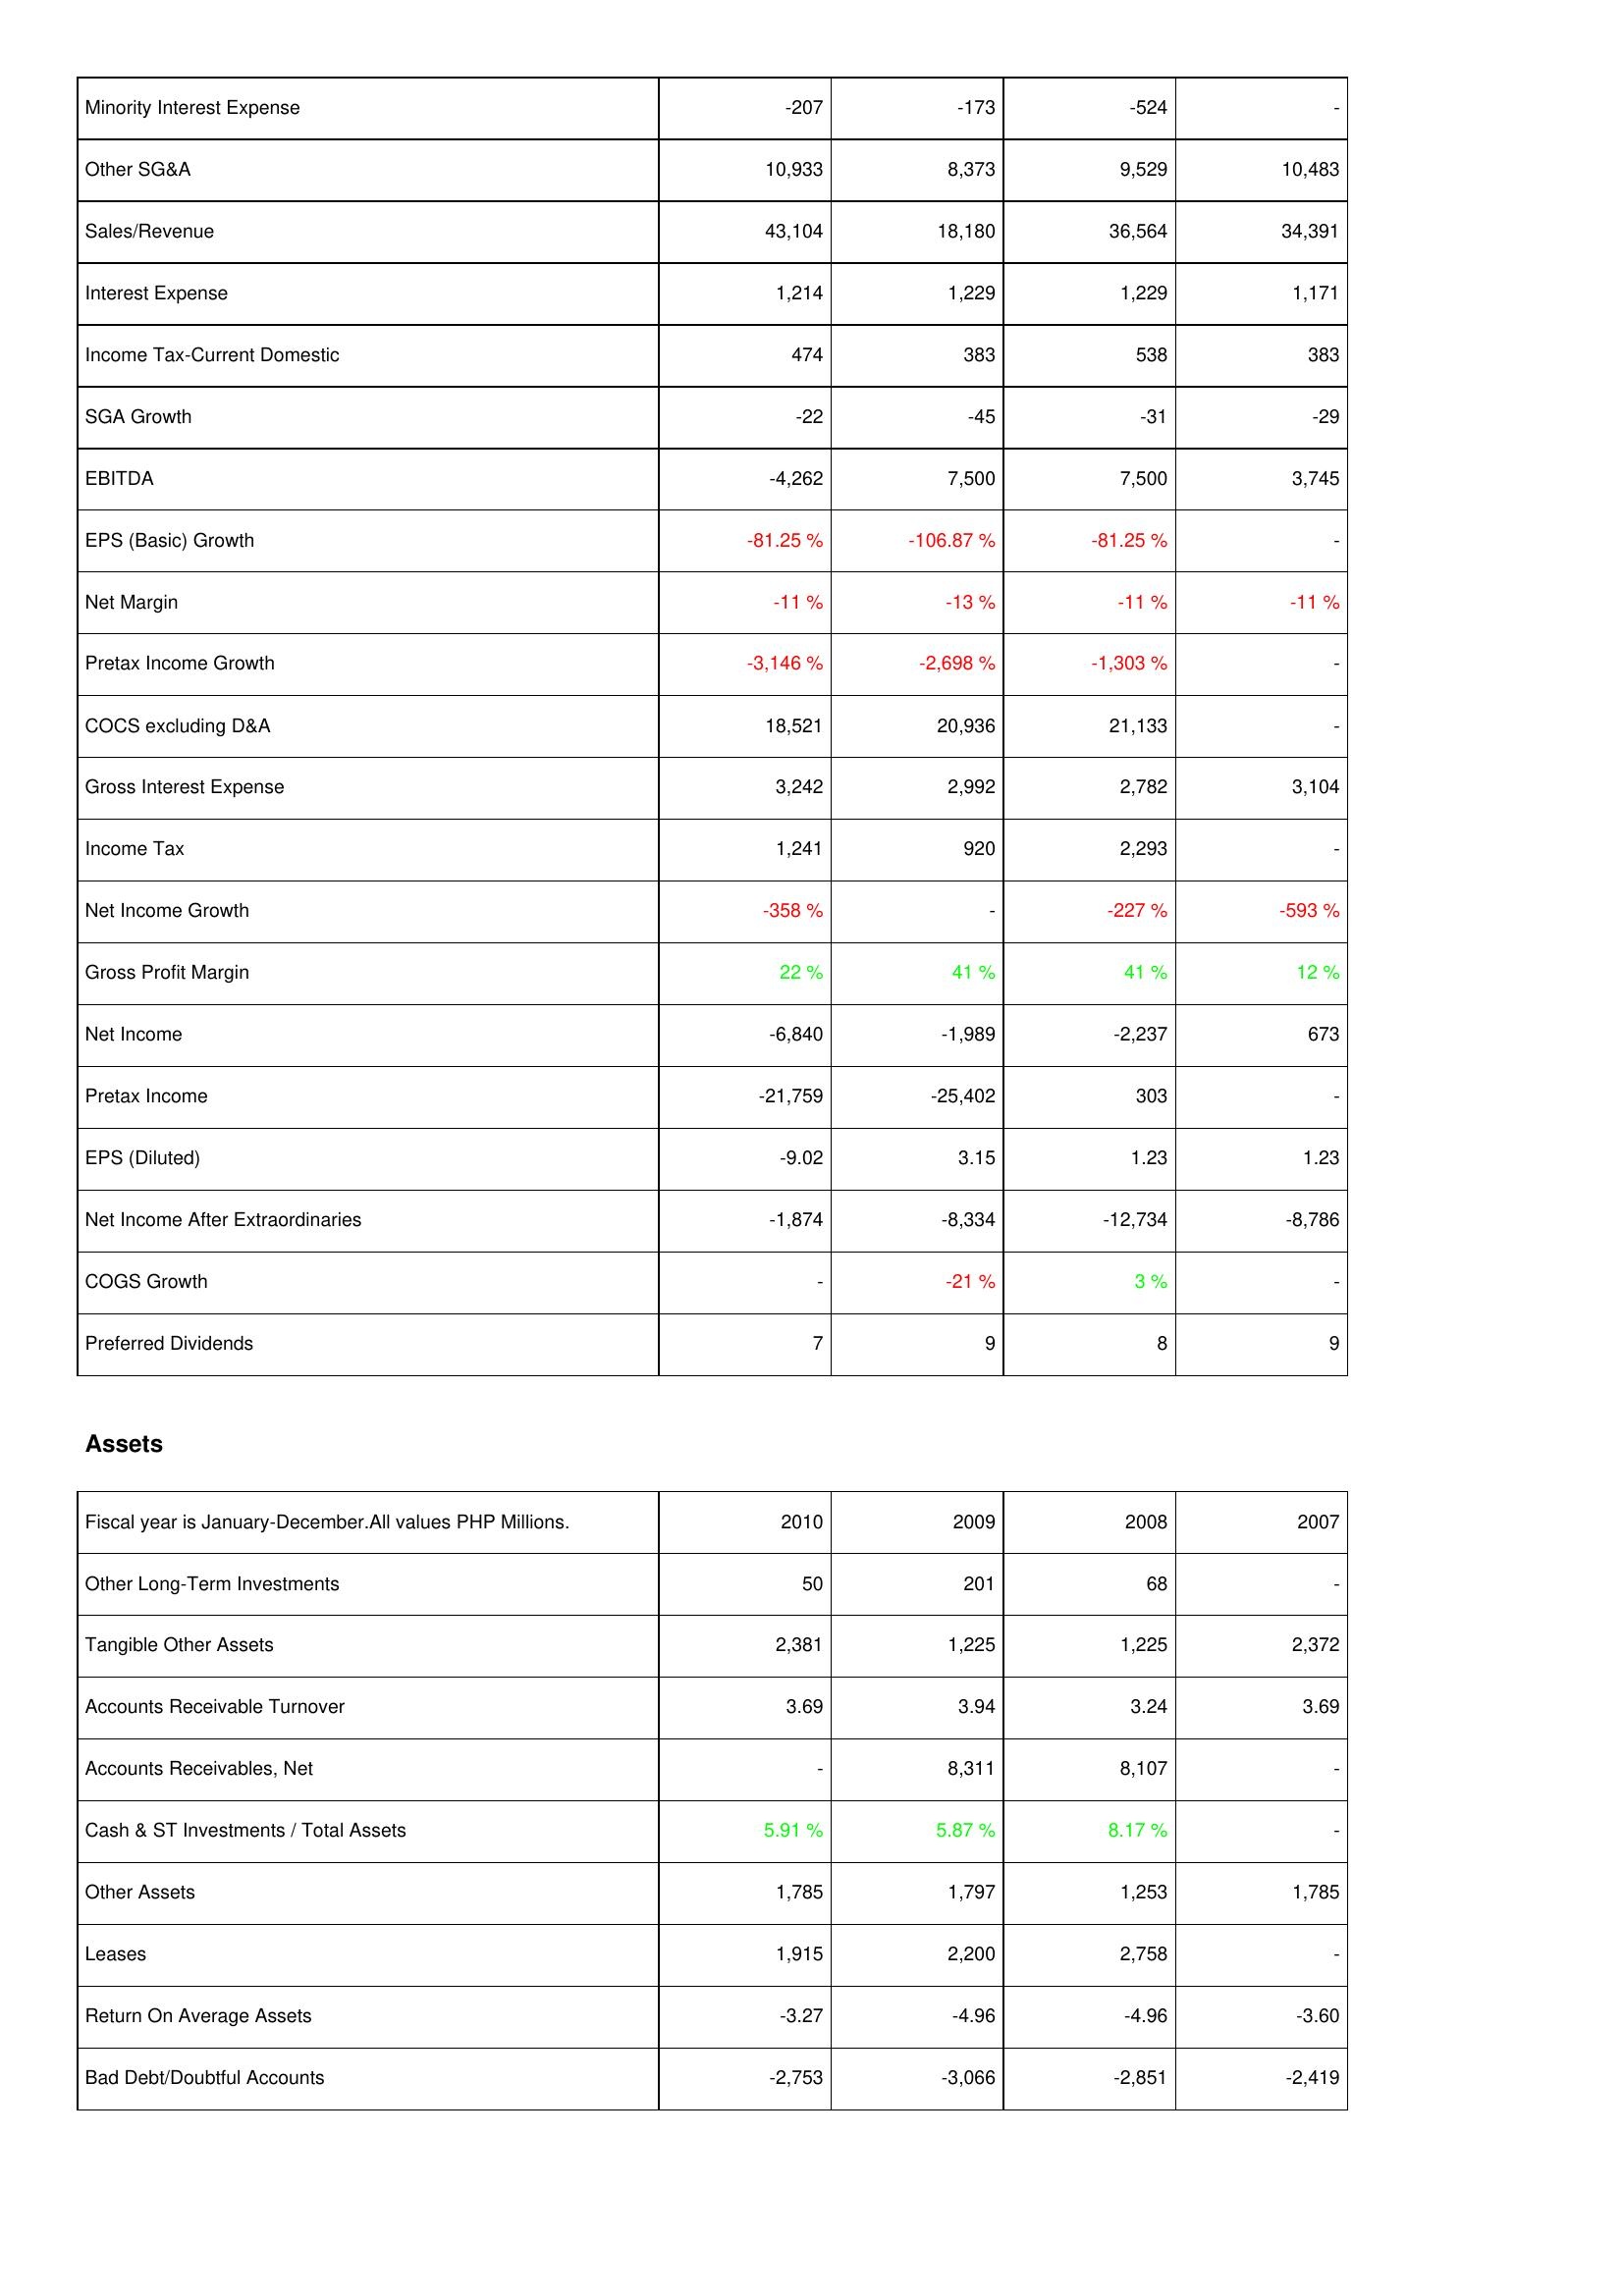
2010: Income Statement: Minority Interest Expense: -207
Other SG&A: 10,933
Sales/Revenue: 43,104
Interest Expense: 1,214
Income Tax-Current Domestic: 474
SGA Growth: -22
EBITDA: -4,262
EPS (Basic) Growth: -81.25 %
Net Margin: -11 %
Pretax Income Growth: -3,146 %
COCS excluding D&A: 18,521
Gross Interest Expense: 3,242
Income Tax: 1,241
Net Income Growth: -358 %
Gross Profit Margin: 22 %
Net Income: -6,840
Pretax Income: -21,759
EPS (Diluted): -9.02
Net Income After Extraordinaries: -1,874
COGS Growth: -
Preferred Dividends: 7
Assets: Other Long-Term Investments: 50
Tangible Other Assets: 2,381
Accounts Receivable Turnover: 3.69
Accounts Receivables, Net: -
Cash & ST Investments / Total Assets: 5.91 %
Other Assets: 1,785
Leases: 1,915
Return On Average Assets: -3.27
Bad Debt/Doubtful Accounts: -2,753
2009: Income Statement: Minority Interest Expense: -173
Other SG&A: 8,373
Sales/Revenue: 18,180
Interest Expense: 1,229
Income Tax-Current Domestic: 383
SGA Growth: -45
EBITDA: 7,500
EPS (Basic) Growth: -106.87 %
Net Margin: -13 %
Pretax Income Growth: -2,698 %
COCS excluding D&A: 20,936
Gross Interest Expense: 2,992
Income Tax: 920
Net Income Growth: -
Gross Profit Margin: 41 %
Net Income: -1,989
Pretax Income: -25,402
EPS (Diluted): 3.15
Net Income After Extraordinaries: -8,334
COGS Growth: -21 %
Preferred Dividends: 9
Assets: Other Long-Term Investments: 201
Tangible Other Assets: 1,225
Accounts Receivable Turnover: 3.94
Accounts Receivables, Net: 8,311
Cash & ST Investments / Total Assets: 5.87 %
Other Assets: 1,797
Leases: 2,200
Return On Average Assets: -4.96
Bad Debt/Doubtful Accounts: -3,066
2008: Income Statement: Minority Interest Expense: -524
Other SG&A: 9,529
Sales/Revenue: 36,564
Interest Expense: 1,229
Income Tax-Current Domestic: 538
SGA Growth: -31
EBITDA: 7,500
EPS (Basic) Growth: -81.25 %
Net Margin: -11 %
Pretax Income Growth: -1,303 %
COCS excluding D&A: 21,133
Gross Interest Expense: 2,782
Income Tax: 2,293
Net Income Growth: -227 %
Gross Profit Margin: 41 %
Net Income: -2,237
Pretax Income: 303
EPS (Diluted): 1.23
Net Income After Extraordinaries: -12,734
COGS Growth: 3 %
Preferred Dividends: 8
Assets: Other Long-Term Investments: 68
Tangible Other Assets: 1,225
Accounts Receivable Turnover: 3.24
Accounts Receivables, Net: 8,107
Cash & ST Investments / Total Assets: 8.17 %
Other Assets: 1,253
Leases: 2,758
Return On Average Assets: -4.96
Bad Debt/Doubtful Accounts: -2,851
2007: Income Statement: Minority Interest Expense: -
Other SG&A: 10,483
Sales/Revenue: 34,391
Interest Expense: 1,171
Income Tax-Current Domestic: 383
SGA Growth: -29
EBITDA: 3,745
EPS (Basic) Growth: -
Net Margin: -11 %
Pretax Income Growth: -
COCS excluding D&A: -
Gross Interest Expense: 3,104
Income Tax: -
Net Income Growth: -593 %
Gross Profit Margin: 12 %
Net Income: 673
Pretax Income: -
EPS (Diluted): 1.23
Net Income After Extraordinaries: -8,786
COGS Growth: -
Preferred Dividends: 9
Assets: Other Long-Term Investments: -
Tangible Other Assets: 2,372
Accounts Receivable Turnover: 3.69
Accounts Receivables, Net: -
Cash & ST Investments / Total Assets: -
Other Assets: 1,785
Leases: -
Return On Average Assets: -3.60
Bad Debt/Doubtful Accounts: -2,419